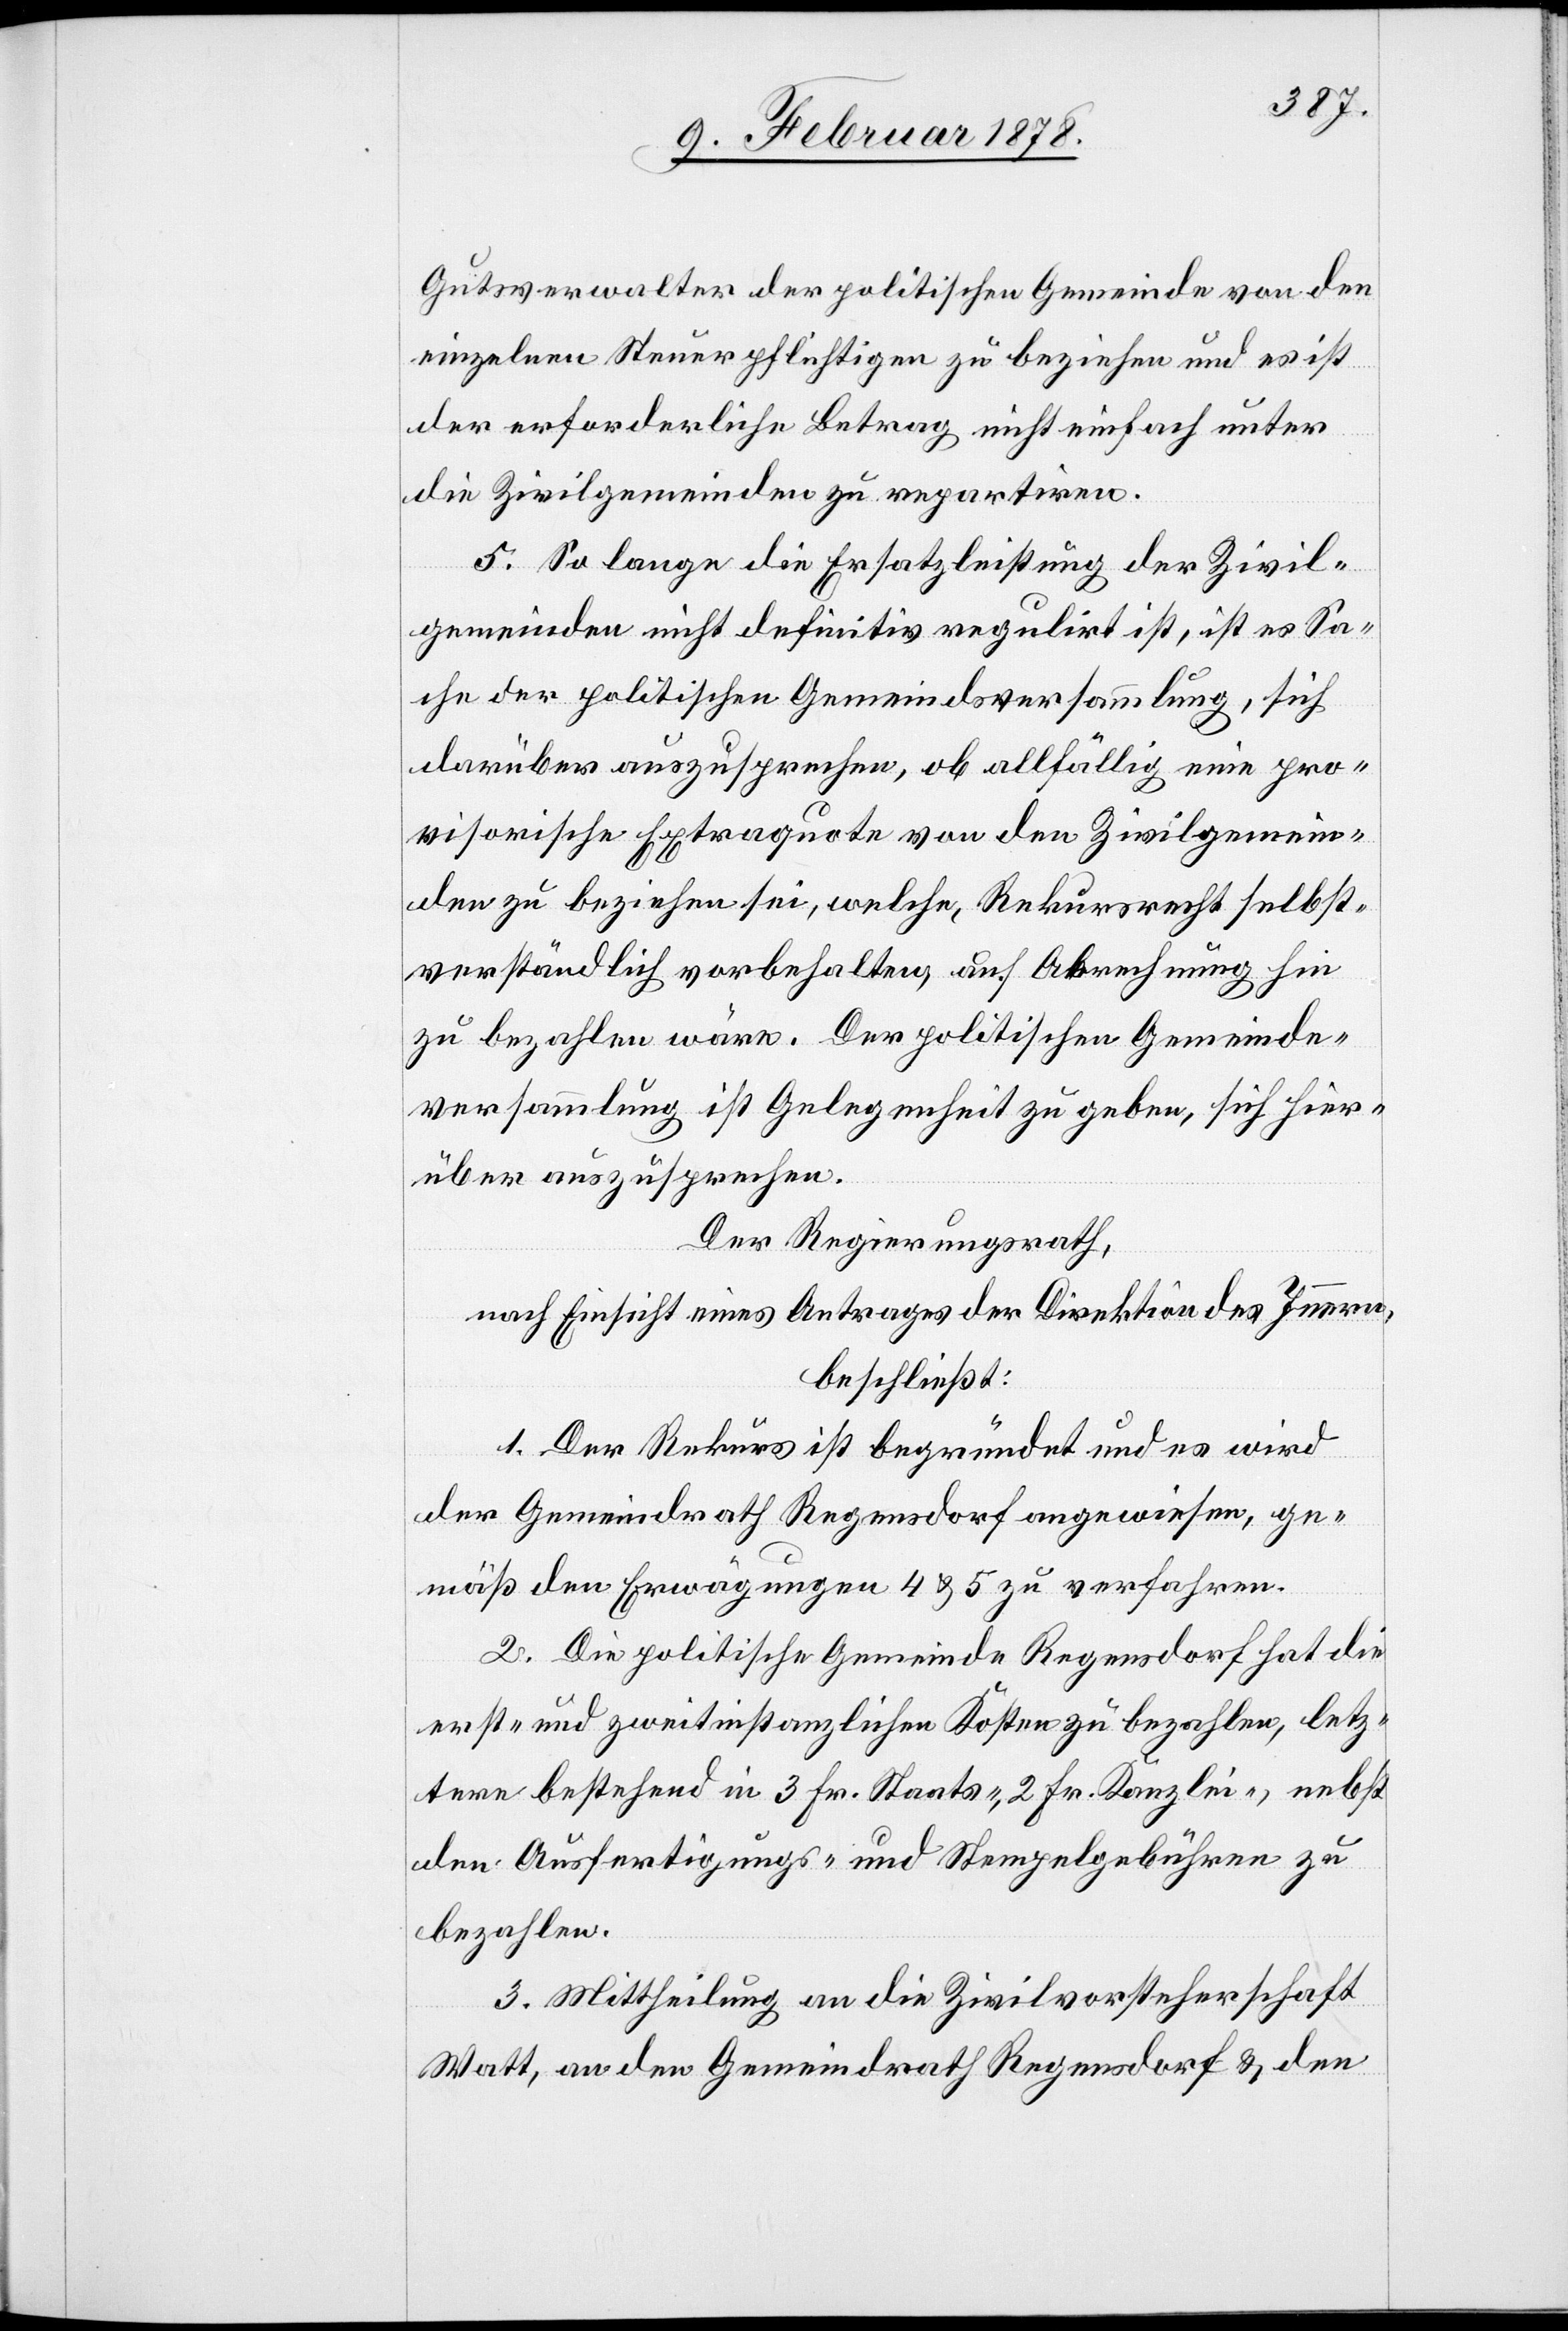
Gutsverwalter der politischen Gemeinde von den
einzelnen Steuerpflichtigen zu beziehen und es ist
der erforderliche Betrag nicht einfach unter
die Zivilgemeinden zu repartiren.
5. So lange die Ersatzleistung der Zivil¬
gemeinden nicht definitiv regulirt ist, ist es Sa¬
che der politischen Gemeindsversammlung, sich
darüber auszusprechen, ob allfällig eine pro¬
visorische Extraquote von den Zivilgemein¬
den zu beziehen sei, welche Rekursrecht selbst¬
verständlich vorbehalten, auf Abrechnung hin
zu bezahlen wäre. Der politischen Gemeinde¬
versammlung ist Gelegenheit zu geben, sie hier¬
über auszusprechen.
Der Regierungsrath,
nach Einsicht eines Antrages der Direktion des Innern,
beschließt:
1. Der Rekurs ist begründet und es wird
der Gemeindrath Regensdorf angewiesen, ge¬
mäß den Erwägungen 4 & 5 zu verfahren.
2. Die politische Gemeinde Regensdorf hat die
erst- und zweitinstanzlichen Kosten zu bezahlen, letz¬
tere bestehend in 3 Fr. Staats-. 2 Fr. Kanzlei-, nebst
den Ausfertigungs- und Stempelgebühren zu
bezahlen.
3. Mittheilung an die Zivilvorsteherschaft
Watt, an den Gemeindrath Regensdorf & den